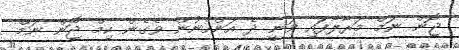
ޖޮން ނަމް މަރާލާފައި ވަނީ ދެ އަންހެނުން ވެގެން ކިމް ޖޮން ނަމް